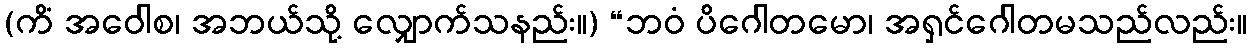
(ကိံ အဝေါစ၊ အဘယ်သို့ လျှောက်သနည်း။) “ဘဝံ ပိဂေါတမော၊ အရှင်ဂေါတမသည်လည်း။